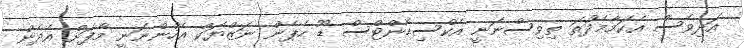
އަދިވެސް އެކަމާމެދުތަ ތިވިސްނަނީ އެކްސިޑެންޓްސް ޑޫ ހެޕެން ނަޒްޔަކް އެހުންނަނީ މާފަށް އެދެން